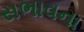
સભાવના